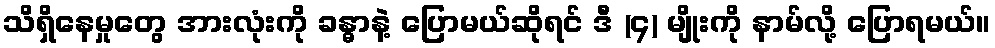
သိရှိနေမှုတွေ အားလုံးကို ခန္ဓာနဲ့ ပြောမယ်ဆိုရင် ဒီ (၄) မျိုးကို နာမ်လို့ ပြောရမယ်။